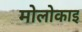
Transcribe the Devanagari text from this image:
मोलोकाइ